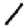
Digit: 1